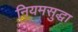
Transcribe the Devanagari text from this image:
नियमसुद्धा